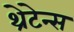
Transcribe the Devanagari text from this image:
थ्रेटेन्स